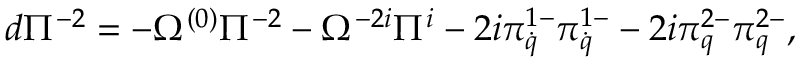
d \Pi ^ { - 2 } = - \Omega ^ { ( 0 ) } \Pi ^ { - 2 } - \Omega ^ { - 2 i } \Pi ^ { i } - 2 i \pi _ { \dot { q } } ^ { 1 - } \pi _ { \dot { q } } ^ { 1 - } - 2 i \pi _ { q } ^ { 2 - } \pi _ { q } ^ { 2 - } ,